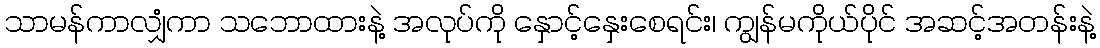
သာမန်ကာလျှံကာ သဘောထားနဲ့ အလုပ်ကို နှောင့်နှေးစေရင်း၊ ကျွန်မကိုယ်ပိုင် အဆင့်အတန်းနဲ့